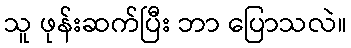
သူ ဖုန်းဆက်ပြီး ဘာ ပြောသလဲ။